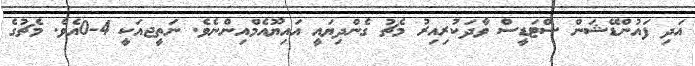
އަދި ފައުންޑޭޝަން ސްޓަޑީސް ވާދަކުރިއިރު މެޗު ގެންދިޔައީ އައިޔޫއެމްއިންނެވެ. ނަތީޖއަކީ 4-0އެވެ. މެޗުގެ